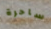
ساحرة